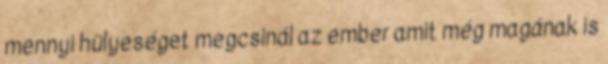
mennyi hülyeséget megcsinál az ember amit még magának is